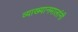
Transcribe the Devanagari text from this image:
व्याख्यानमालांनी